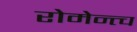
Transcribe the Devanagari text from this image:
रोमेन्त्च